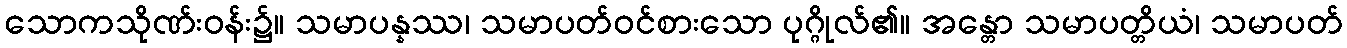
သောကသိုဏ်းဝန်း၌။ သမာပန္နဿ၊ သမာပတ်ဝင်စားသော ပုဂ္ဂိုလ်၏။ အန္တော သမာပတ္တိယံ၊ သမာပတ်